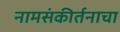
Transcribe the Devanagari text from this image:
नामसंकीर्तनाचा